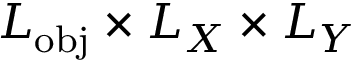
L _ { \mathrm { o b j } } \times L _ { X } \times L _ { Y }